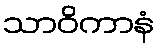
သာဝိကာနံ